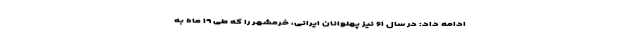
ادامه داد: در سال ۶۱ نیز پهلوانان ایرانی، خرمشهر را که طی ۱۹ ماه به